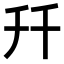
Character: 𠦅